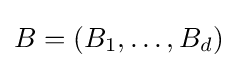
B=(B_{1},\dots ,B_{d})